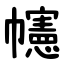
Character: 幰